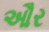
ઔર